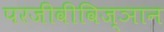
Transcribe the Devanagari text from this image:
परजीवीविज्ञान